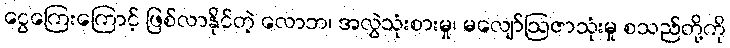
ငွေကြေးကြောင့် ဖြစ်လာနိုင်တဲ့ လောဘ၊ အလွဲသုံးစားမှု၊ မလျော်ဩဇာသုံးမှု စသည်တို့ကို